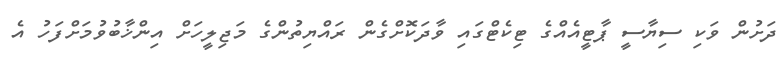
ދަށުން ވަކި ސިޔާސީ ޕާޓީއެއްގެ ޓިކެޓްގައި ވާދަކޮށްގެން ރައްޔިތުންގެ މަޖިލީހަށް އިންޚާބުވުމަށްފަހު އެ